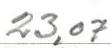
23,07